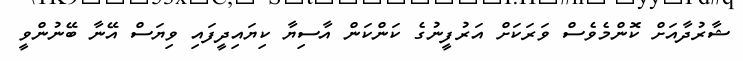
ޝާރުދާއަށް ކޮންމެވެސް ވަރަކަށް އަރުފީނުގެ ކަންކަން އާސިޔާ ކިޔައިދީފައި ވިޔަސް އޭނާ ބޭނުންވީ